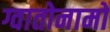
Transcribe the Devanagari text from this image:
ग्वातोनामो